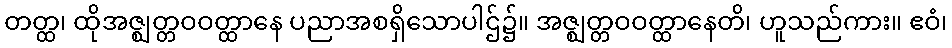
တတ္ထ၊ ထိုအဇ္ဈတ္တဝဝတ္ထာနေ ပညာအစရှိသောပါဌ်၌။ အဇ္ဈတ္တဝဝတ္ထာနေတိ၊ ဟူသည်ကား။ ဧဝံ၊